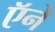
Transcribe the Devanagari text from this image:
ऍने